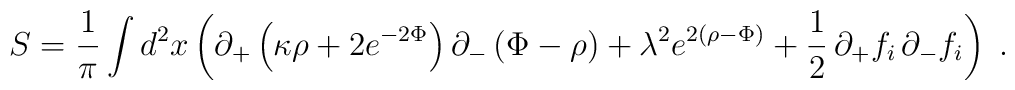
S={1\over\pi}\int d^2x\left(\partial_+\left(\kappa\rho+2e^{-2\Phi}\right)\partial_-\left(\Phi-\rho\right)+\lambda^2e^{2\left(\rho-\Phi\right)}+{1\over2}\,\partial_+f_i\,\partial_-f_i\right)\;.